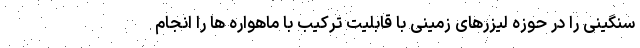
سنگینی را در حوزه لیزرهای زمینی با قابلیت ترکیب با ماهواره ها را انجام